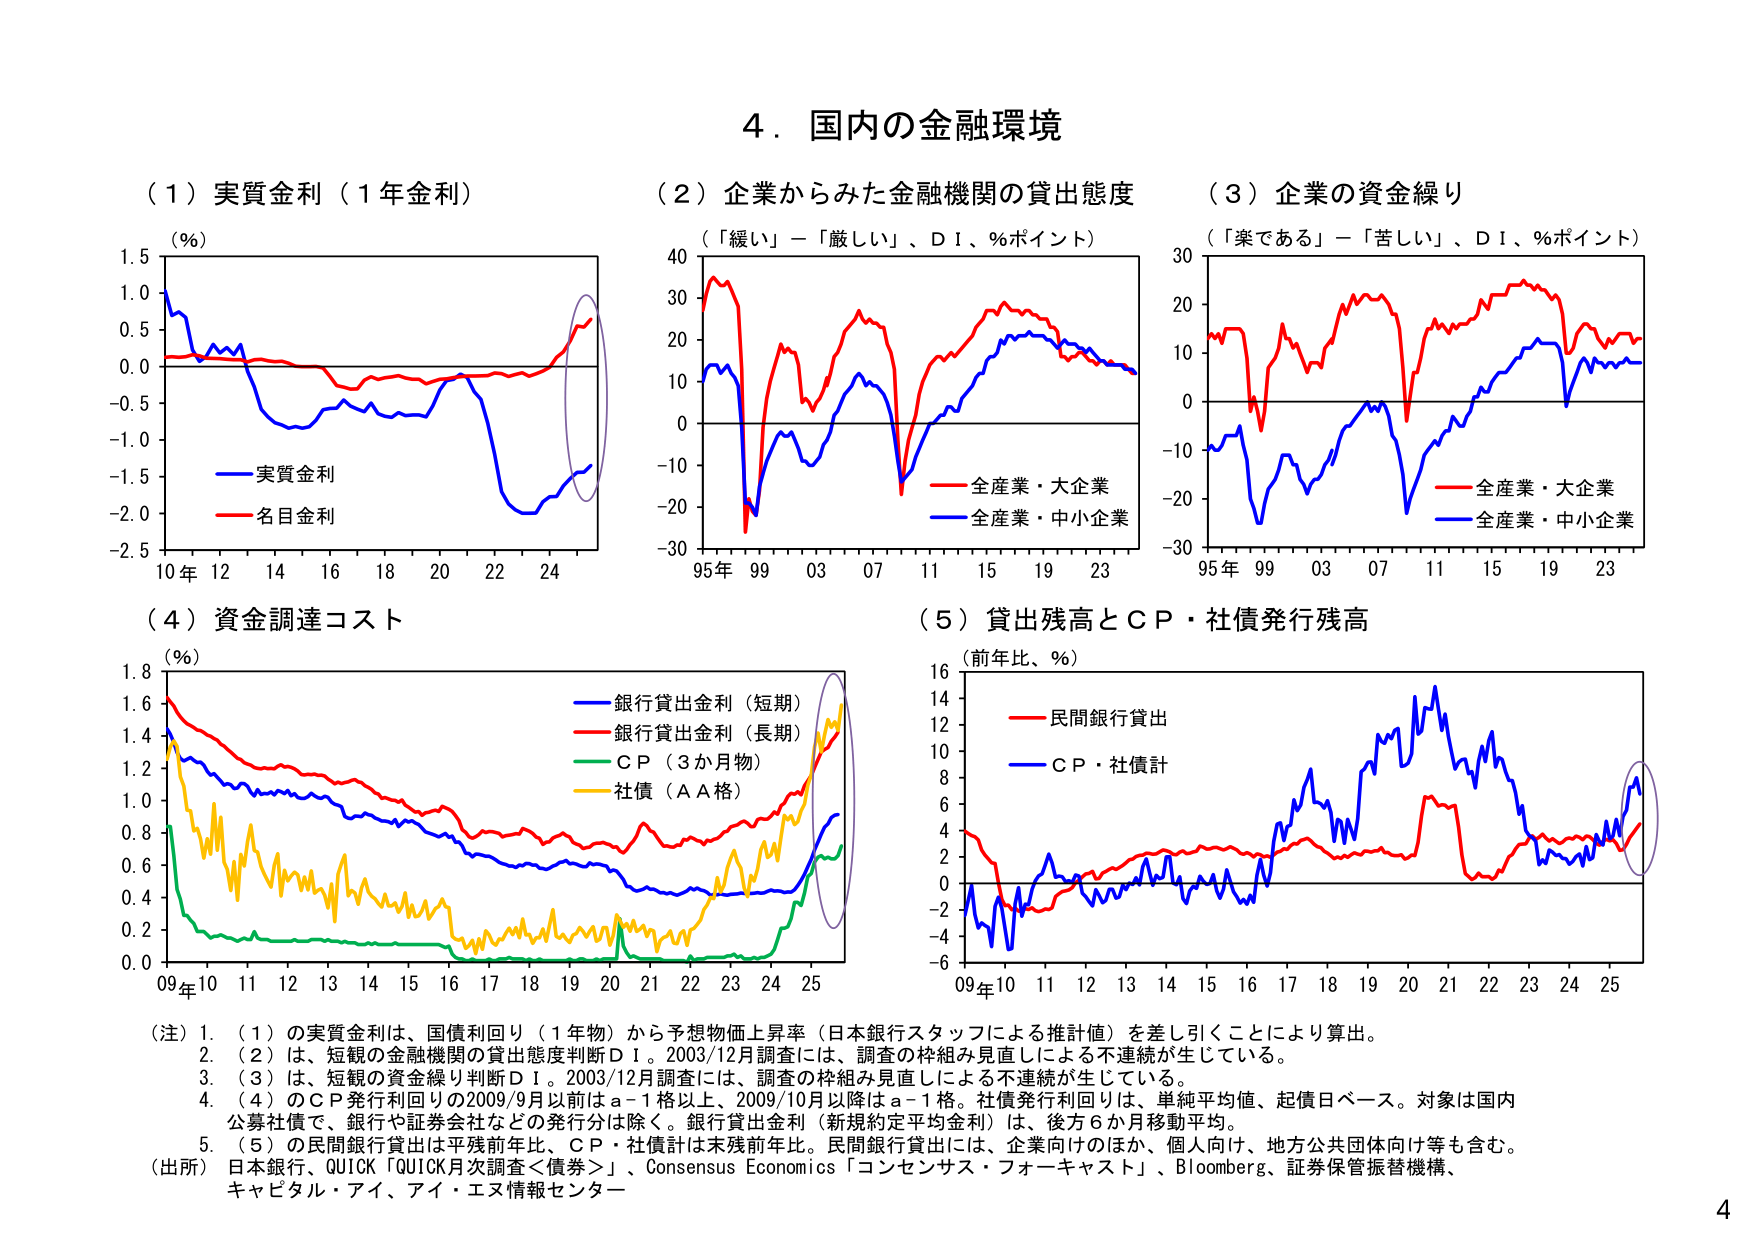
4．国内の金融環境

（1）実質金利（1年金利）
（％）
実質金利
名目金利
10 12 14 16 18 20 22 24

（2）企業からみた金融機関の貸出態度
（「緩い」－「厳しい」、ＤＩ、％ポイント）
全産業・大企業
全産業・中小企業
95年 99 03 07 11 15 19 23

（3）企業の資金繰り
（「楽である」－「苦しい」、ＤＩ、％ポイント）
全産業・大企業
全産業・中小企業
95年 99 03 07 11 15 19 23

（4）資金調達コスト
（％）
銀行貸出金利（短期）
銀行貸出金利（長期）
ＣＰ（3か月物）
社債（ＡＡ格）
09年 10 11 12 13 14 15 16 17 18 19 20 21 22 23 24 25

（5）貸出残高とＣＰ・社債発行残高
（前年比、％）
民間銀行貸出
ＣＰ・社債計
09年 10 11 12 13 14 15 16 17 18 19 20 21 22 23 24 25

（注）1．（1）の実質金利は、国債利回り（1年物）から予想物価上昇率（日本銀行スタッフによる推計値）を差し引くことにより算出。
2．（2）は、短観の金融機関の貸出態度判断ＤＩ。2003/12月調査には、調査の枠組み見直しによる不連続が生じている。
3．（3）は、短観の資金繰り判断ＤＩ。2003/12月調査には、調査の枠組み見直しによる不連続が生じている。
4．（4）のＣＰ発行利回りの2009/9月以前はａ－1格以上、2009/10月以降はａ－1格。社債発行利回りは、単純平均値、起債日ベース。対象は国内公募社債で、銀行や証券会社などの発行分は除く。銀行貸出金利（新規約定平均金利）は、後方6か月移動平均。
5．（5）の民間銀行貸出は平残前年比、ＣＰ・社債計は末残前年比。民間銀行貸出には、企業向けのほか、個人向け、地方公共団体向け等も含む。

（出所）日本銀行、QUICK「QUICK月次調査＜債券＞」、Consensus Economics「コンセンサス・フォーキャスト」、Bloomberg、証券保管振替機構、キャピタル・アイ、アイ・エヌ情報センター

4